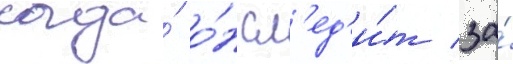
когда́ о́н сл'ед'и́т за́